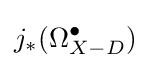
j_{*}(\Omega _{X-D}^{\bullet })